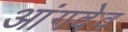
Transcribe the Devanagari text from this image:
आंगदेव